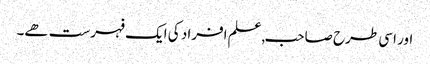
اور اسی طرح صاحب,علم افراد کی ایک فہرست ھے۔